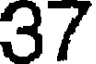
37